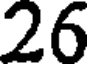
26